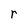
Character: r